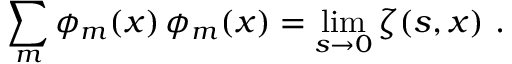
\sum _ { m } \phi _ { m } ( x ) \, \phi _ { m } ( x ) = \operatorname * { l i m } _ { s \rightarrow 0 } \zeta ( s , x ) \, \, .